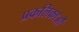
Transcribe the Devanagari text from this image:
प्रकलिकाओं